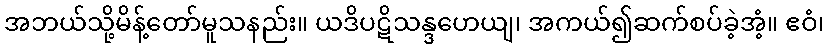
အဘယ်သို့မိန့်တော်မူသနည်း။ ယဒိပဋိသန္ဒဟေယျ၊ အကယ်၍ဆက်စပ်ခဲ့အံ့။ ဧဝံ၊